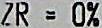
ZR = 0%